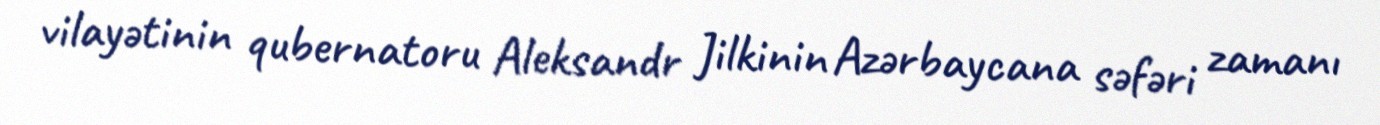
vilayətinin qubernatoru Aleksandr Jilkinin Azərbaycana səfəri zamanı